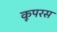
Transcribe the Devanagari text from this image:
कूपरस